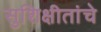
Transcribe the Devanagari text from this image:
सुशिक्षीतांचे